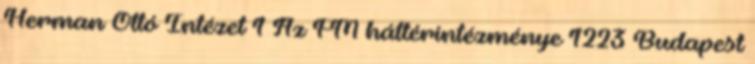
Herman Ottó Intézet 1 Az FM háttérintézménye 1223 Budapest